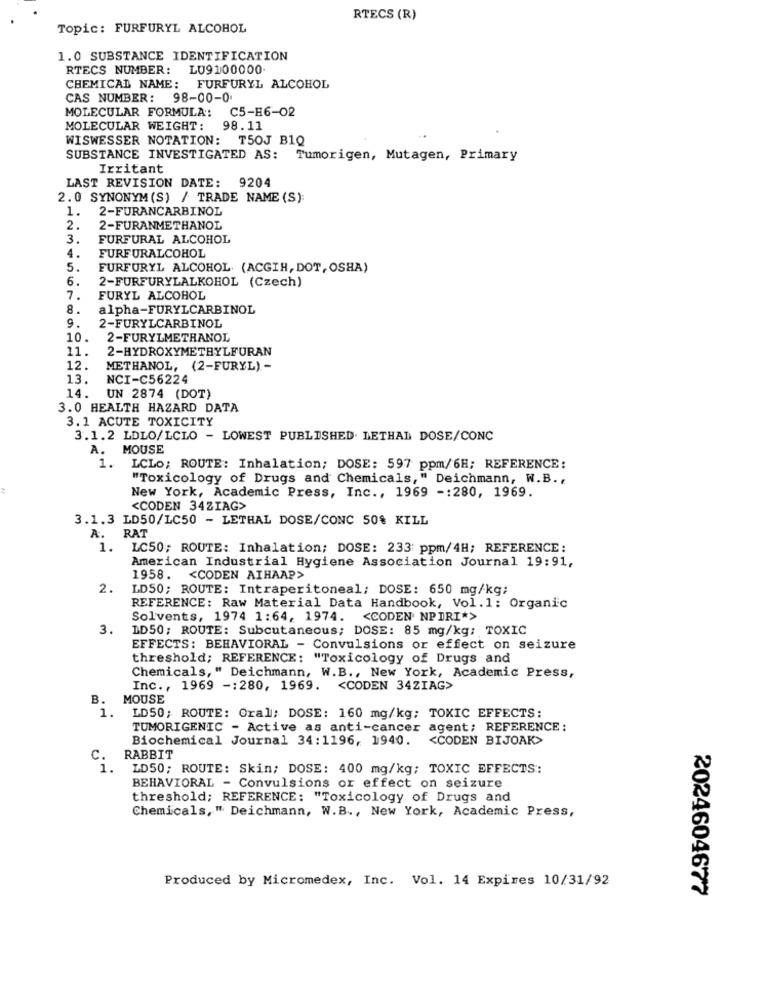
RTECS (R)
Topic: FURFURYL ALCOHOL
1.0 SUBSTANCE IDENTIFICATION
RTECS NUMBER: LU9100000
CHEMICAL NAME: FURFURYL ALCOHOL
CAS NUMBER: 98-00-0.
MOLECULAR FORMULA: C5-H6-02
MOLECULAR WEIGHT: 98.11
WISWESSER NOTATION: T50J B1Q
SUBSTANCE INVESTIGATED AS: Tumorigen, Mutagen, Primary
Irritant
LAST REVISION DATE: 9204
2.0 SYNONYM (S) / TRADE NAME (S)
1.
2-FURANCARBINOL
2.
2-FURANMETHANOL
3.
FURFURAL ALCOHOL
4.
FURFURALCOHOL
5.
FURFURYL ALCOHOL (ACGIH, DOT, OSHA)
6.
2-FURFURYLALKOHOL (Czech)
7.
FURYL ALCOHOL
8.
alpha-FURYLCARBINOL
9.
2-FURYLCARBINOL
10.
2-FURYLMETHANOL
11.
2-HYDROXYMETHYLFURAN
12.
METHANOL, (2-FURYL) -
13.
NCI-C56224
14.
UN 2874 (DOT)
3.0 HEALTH HAZARD DATA
3.1 ACUTE TOXICITY
3.1.2 LDLO/LCLO - LOWEST PUBLISHED. LETHAL DOSE/CONC
A. MOUSE
1.
LCLO; ROUTE: Inhalation; DOSE: 597 ppm/6H; REFERENCE:
"Toxicology of Drugs and Chemicals," Deichmann, W.B. ,
New York, Academic Press, Inc ., 1969 -: 280, 1969.
<CODEN 34ZIAG>
3.1.3 LD50/LC50 - LETHAL DOSE/CONC 50% KILL
RAT
A.
1.
LC50; ROUTE: Inhalation; DOSE: 233 ppm/4H; REFERENCE:
American Industrial Hygiene Association Journal 19:91,
1958. < CODEN AIHAAP>
2.
LD50; ROUTE: Intraperitoneal; DOSE: 650 mg/kg;
REFERENCE: Raw Material Data Handbook, Vol.1: Organic
Solvents, 1974 1:64, 1974. < CODEN NPDRI*>
3.
ID50; ROUTE: Subcutaneous; DOSE: 85 mg/kg; TOXIC
EFFECTS: BEHAVIORAL - Convulsions or effect on seizure
threshold; REFERENCE: "Toxicology of Drugs and
Chemicals," Deichmann, W.B ., New York, Academic Press,
Inc ., 1969 -: 280, 1969. < CODEN 34ZIAG>
B.
MOUSE
1.
LD50; ROUTE: Oral; DOSE: 160 mg/kg; TOXIC EFFECTS:
TUMORIGENIC - Active as anti-cancer agent; REFERENCE :
Biochemical Journal 34:1196, 1940.
<CODEN BIJOAK>
C.
RABBIT
1.
LD50; ROUTE: Skin; DOSE: 400 mg/kg; TOXIC EFFECTS:
BEHAVIORAL - Convulsions or effect on seizure
threshold; REFERENCE: "Toxicology of Drugs and
Chemicals, " Deichmann, W.B ., New York, Academic Press,
Produced by Micromedex, Inc. Vol. 14 Expires 10/31/92
2024604677